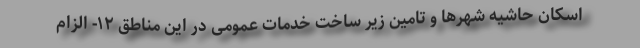
اسکان حاشیه شهرها و تامین زیر ساخت خدمات عمومی در این مناطق ۱۲- الزام